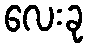
လေးခု